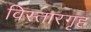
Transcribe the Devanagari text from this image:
विस्तारगृह